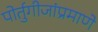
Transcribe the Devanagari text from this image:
पोर्तुगीजांप्रमाणे